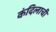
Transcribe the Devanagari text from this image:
कंदिलाची